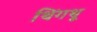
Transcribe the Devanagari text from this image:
थिंगथू